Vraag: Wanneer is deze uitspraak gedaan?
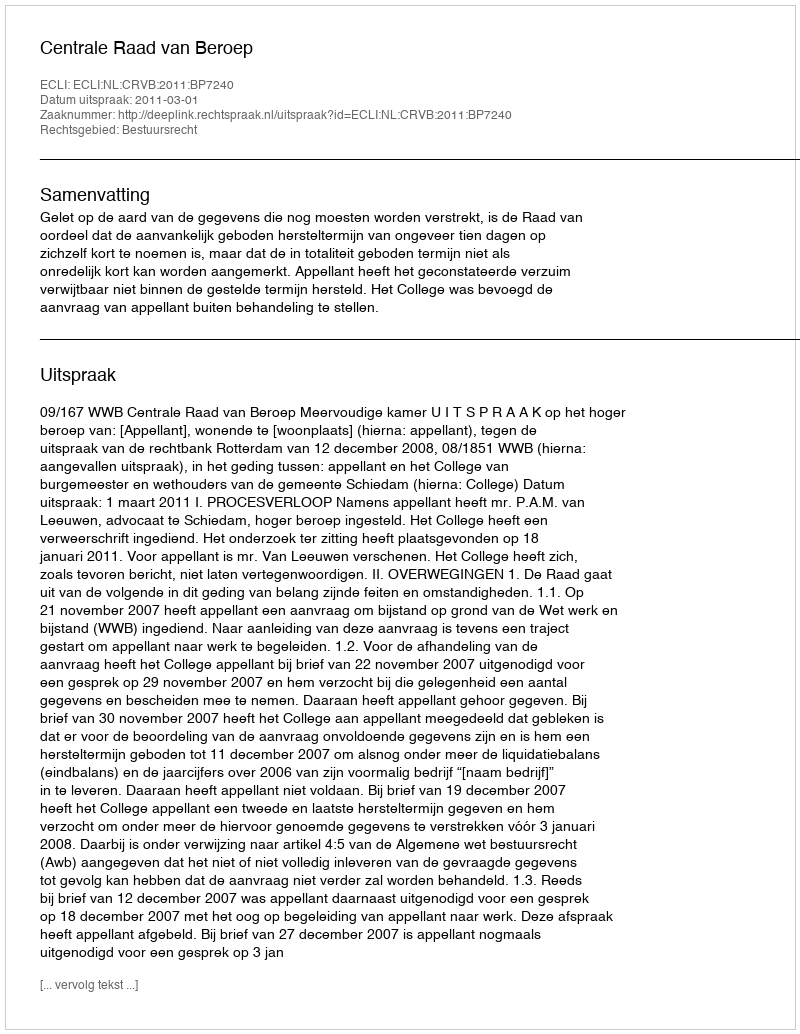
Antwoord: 2011-03-01